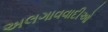
અલગાવવાદીઓ